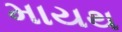
માયથ